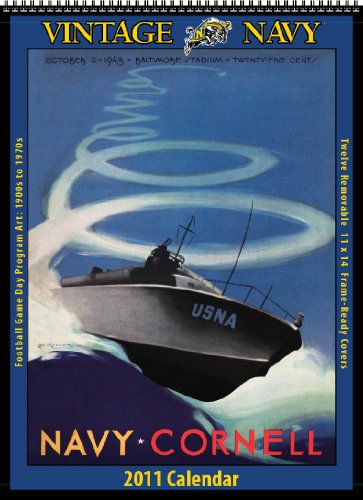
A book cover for Navy Midshipmen 2011 Vintage Football Calendar; Asgard Press; Calendars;